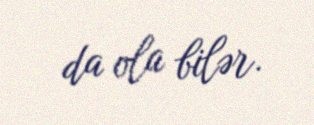
da ola bilər.